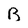
Character: B